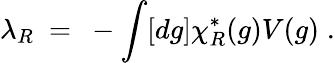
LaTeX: \lambda_{R}~=~-\int[dg]\chi_{R}^{*}(g)V(g)\; .